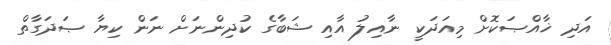
އަދި ޚާއްޞަކޮށް މިއަދަކީ ނާއިލު އާއި ޝަބާގެ ކުދިންނަށް ނަން ކިޔާ ޞަދަގާތް